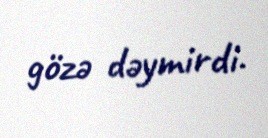
gözə dəymirdi.